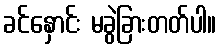
ခင်နှောင်း မခွဲခြားတတ်ပါ။